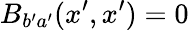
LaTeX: B_{b^{\prime}a^{\prime}}(x^{\prime},x^{\prime})=0